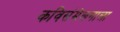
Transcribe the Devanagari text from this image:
कविसंमेलनाला